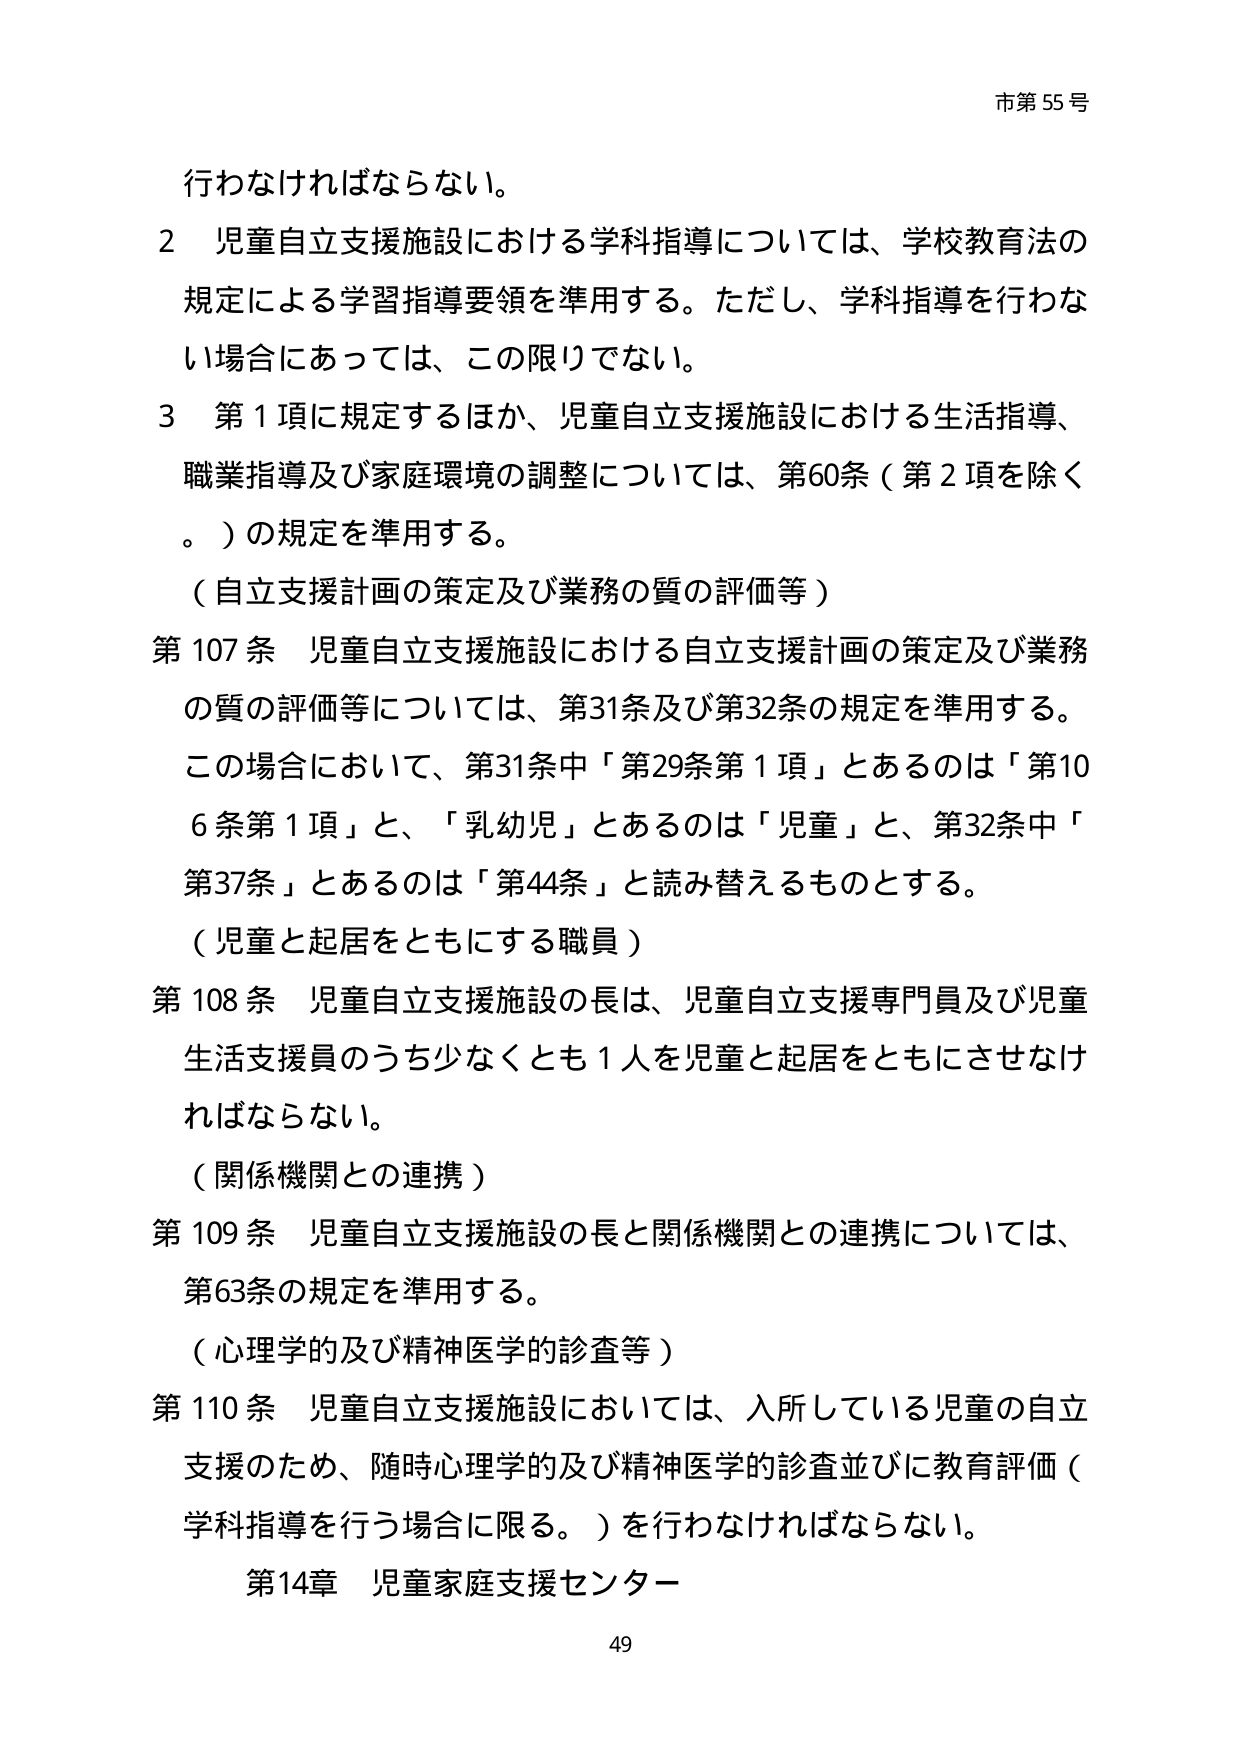
市第55号

行わなければならない。

2 児童自立支援施設における学科指導については、学校教育法の規定による学習指導要領を準用する。ただし、学科指導を行わない場合にあっては、この限りでない。

3 第1項に規定するほか、児童自立支援施設における生活指導、職業指導及び家庭環境の調整については、第60条（第2項を除く。）の規定を準用する。

（自立支援計画の策定及び業務の質の評価等）

第107条 児童自立支援施設における自立支援計画の策定及び業務の質の評価等については、第31条及び第32条の規定を準用する。この場合において、第31条中「第29条第1項」とあるのは「第106条第1項」と、「乳幼児」とあるのは「児童」と、第32条中「第37条」とあるのは「第44条」と読み替えるものとする。

（児童と起居をともにする職員）

第108条 児童自立支援施設の長は、児童自立支援専門員及び児童生活支援員のうち少なくとも1人を児童と起居をともにさせなければならない。

（関係機関との連携）

第109条 児童自立支援施設の長と関係機関との連携については、第63条の規定を準用する。

（心理学的及び精神医学的診査等）

第110条 児童自立支援施設においては、入所している児童の自立支援のため、随時心理学的及び精神医学的診査並びに教育評価（学科指導を行う場合に限る。）を行わなければならない。

第14章 児童家庭支援センター

49